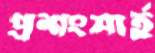
প্রশংসার্হ